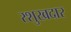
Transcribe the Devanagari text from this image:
रशुखदार